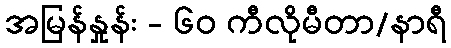
အမြန်နှုန်း - ၆၀ ကီလိုမီတာ/နာရီ